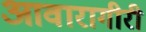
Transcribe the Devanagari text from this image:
आवारागीरी